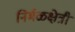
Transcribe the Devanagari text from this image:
निर्मळक्षेत्री